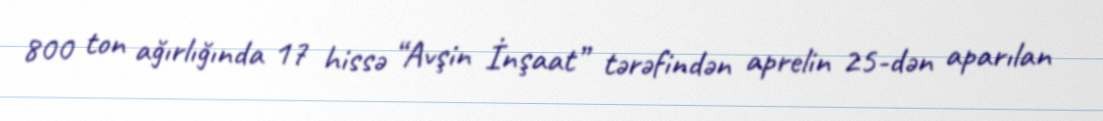
800 ton ağırlığında 17 hissə “Avşin İnşaat” tərəfindən aprelin 25-dən aparılan